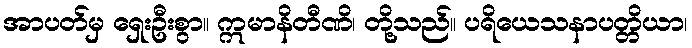
အာပတ်မှ ရှေးဦးစွာ။ ဣမာနိတီဏိ၊ တို့သည်။ ပရိယေသနာပတ္တိယာ၊